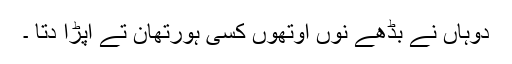
دوہاں نے بڈھے نوں اوتھوں کسی ہورتھان تے اپڑا دتا ۔